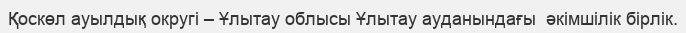
Қоскөл ауылдық округі – Ұлытау облысы Ұлытау ауданындағы  әкімшілік бірлік.